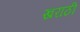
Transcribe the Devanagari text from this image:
खराठी